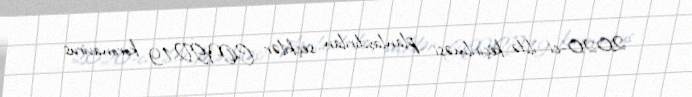
2020-ci ildə keçirilməsi planlaşdırılan seçkilər COVİD-19 koronavirus